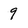
Character: 9